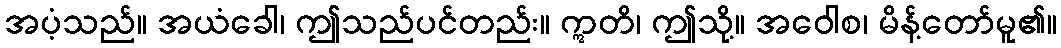
အပံ့သည်။ အယံခေါ၊ ဤသည်ပင်တည်း။ ဣတိ၊ ဤသို့။ အဝေါစ၊ မိန့်တော်မူ၏။